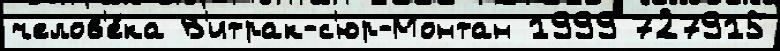
челов'е́ка В'итрак-с'юр-Монтан 1999 727915